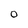
Character: O